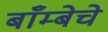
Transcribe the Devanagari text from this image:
बाँम्बेचे